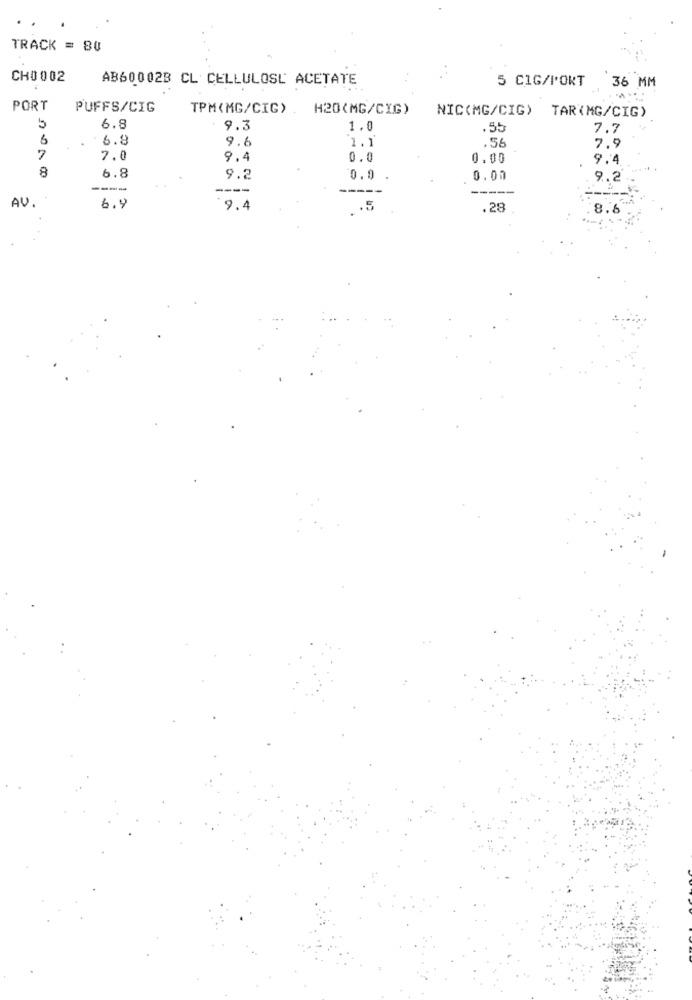
TRACK = 80
CH0 002
AB60002B CL CELLULOSE ACETATE
5 CIG/PORT
36 MM
PORT
PUFFS/CIG
TPM(MG/CIG).
H20(MG/CIG)
NIC(MG/CIG)
TAR(MG/CIG)
5
6.8
9.3
1.0
.55
7.7
6.8
9.6
1.1
.56
7.9
7
7.0
9.4
0.0
0.00
9.4
8
6.8
9.2
0.9
0.00
9.2
----
---
AV.
6.9
9.4
.. 5
.28
8.6